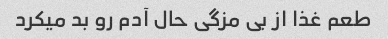
طعم غذا از بی مزگی حال آدم رو بد میکرد